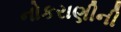
નોકરાણીની